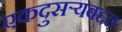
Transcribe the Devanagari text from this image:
एकदुसर्‍यबद्दल